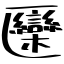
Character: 圞